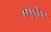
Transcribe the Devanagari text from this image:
वणर््िात